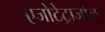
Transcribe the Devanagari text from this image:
एजोटेट्राज़ोल